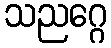
သညဂ္ဂေ